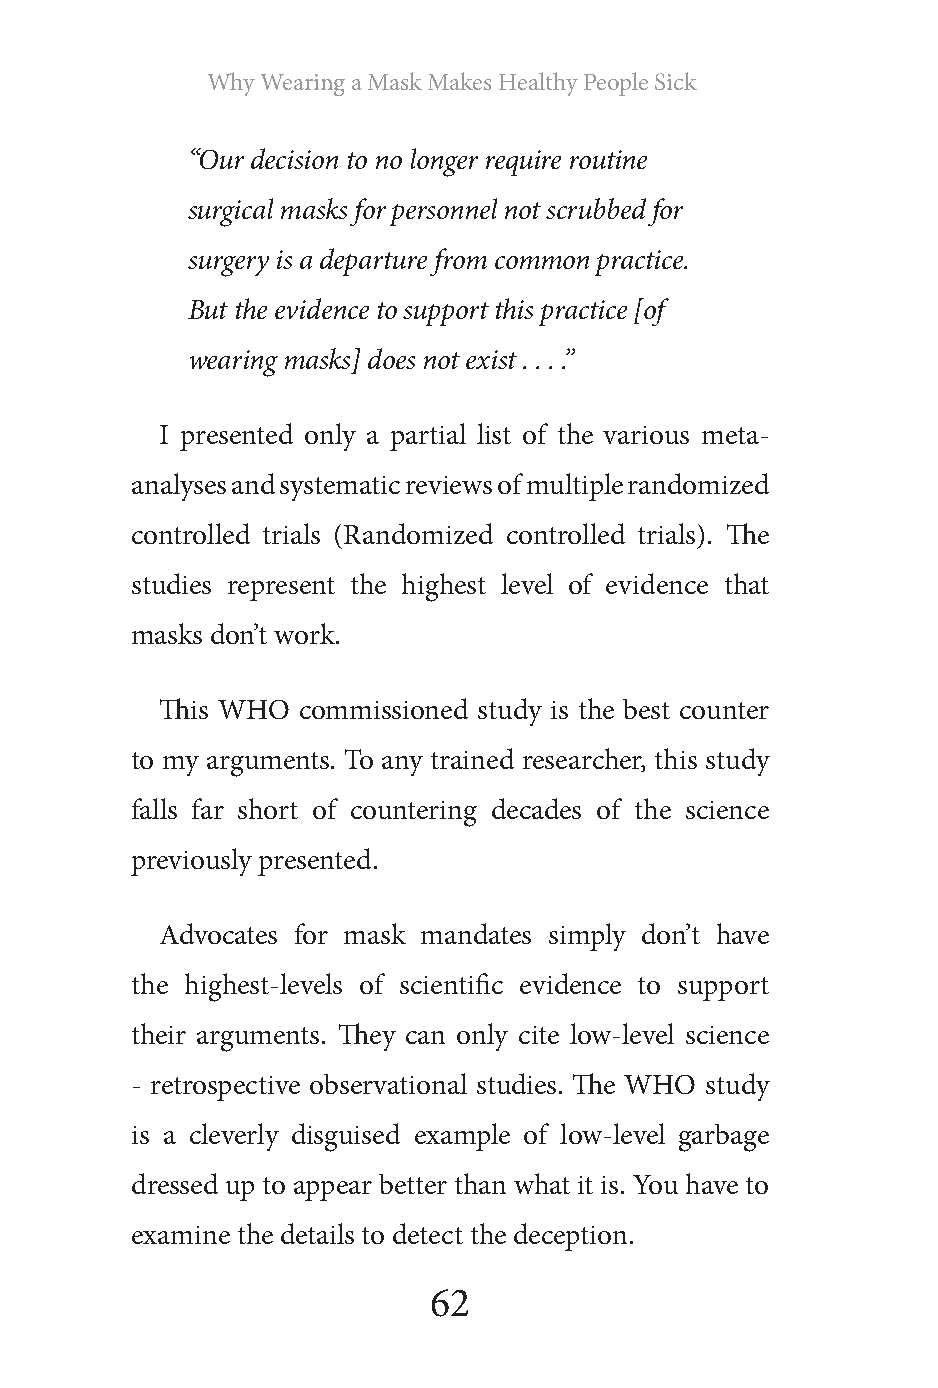
Why Wearing a Mask Makes Healthy People Sick
 “Our decision to no longer require routine
 surgical masks for personnel not scrubbed for
 surgery is a departure from common practice.
 But the evidence to support this practice [of
 wearing masks] does not exist . . . .”
 I presented only a partial list of the various meta-
 analyses and systematic reviews of multiple randomized
 controlled trials (Randomized controlled trials). The
 studies represent the highest level of evidence that
 masks don’t work.
 This WHO commissioned study is the best counter
 to my arguments. To any trained researcher, this study
 falls far short of countering decades of the science
 previously presented.
 Advocates for mask mandates simply don’t have
 the highest-levels of scientific evidence to support
 their arguments. They can only cite low-level science
 - retrospective observational studies. The WHO study
 is a cleverly disguised example of low-level garbage
 dressed up to appear better than what it is. You have to
 examine the details to detect the deception.
 62